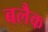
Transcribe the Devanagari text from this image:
बलैक